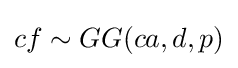
cf\sim GG(ca,d,p)